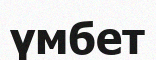
үмбет